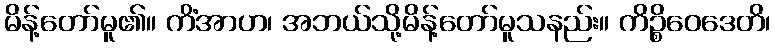
မိန့်တော်မူ၏။ ကိံအာဟ၊ အဘယ်သို့မိန့်တော်မူသနည်း။ ကိဉ္စိဝေဒေတိ၊